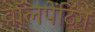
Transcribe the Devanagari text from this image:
वॉलपेंटिंग